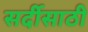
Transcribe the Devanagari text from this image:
सर्दीसाठी